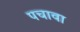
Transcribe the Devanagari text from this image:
पचावा